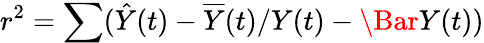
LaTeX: r^{2}=\sum(\hat{Y}(t)-\overline{{Y}}(t)/Y(t)-\Bar{Y}(t))